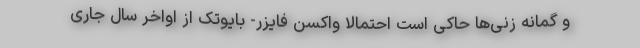
و گمانه زنی‌ها حاکی است احتمالا واکسن فایزر- بایوتک از اواخر سال جاری